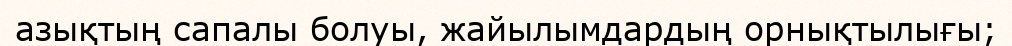
азықтың сапалы болуы, жайылымдардың орнықтылығы;